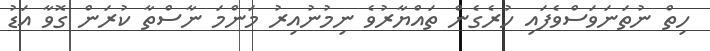
ހިތް ނުތަނަވަސްވެފައި ހުރެގެން ތައްޔާރުވެ ނިމުނުއިރު މަންމަ ނާސްތާ ކުރަން ގޮވާ އަޑު